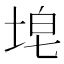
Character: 𪣝